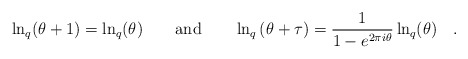
\begin{align*}\ln _{q}(\theta +1)=\ln _{q}(\theta )\qquad \hbox{and}\qquad \ln _{q}\left(\theta +\tau \right) =\frac{1}{1-e^{2\pi i\theta }}\ln _{q}(\theta )\quad .\end{align*}